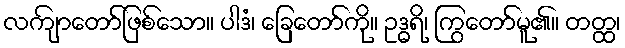
လကျ်ာတော်ဖြစ်သော။ ပါဒံ၊ ခြေတော်ကို။ ဥဒ္ဓရိ၊ ကြွတော်မူ၏။ တတ္ထ၊